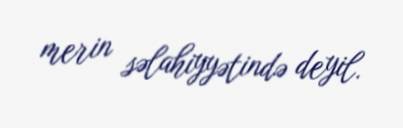
merin səlahiyyətində deyil.